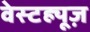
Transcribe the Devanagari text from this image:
वेस्टह्यूज़